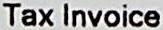
TAX INVOICE